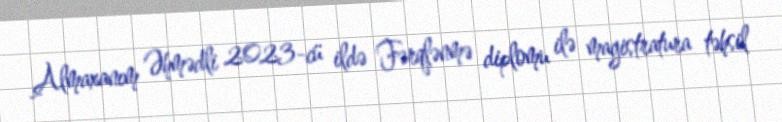
Almaxanım Əhmədli 2023-cü ildə Fərqlənmə diplomu ilə magistratura təhsil